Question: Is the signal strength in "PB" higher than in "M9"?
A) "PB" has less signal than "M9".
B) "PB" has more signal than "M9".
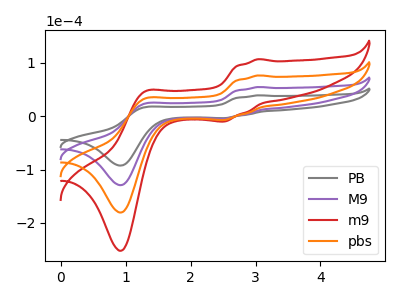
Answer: <think>The gray curve "PB" has anodic peaks at (3.05V, 39.20uA) (1.30V, 16.90uA) and cathodic peaks at (2.50V, -3.65uA) (0.95V, -92.45uA). The purple curve "M9" has anodic peaks at (3.05V, 54.75uA) (1.30V, 23.60uA) and cathodic peaks at (2.50V, -5.10uA) (0.95V, -129.15uA). The red curve "m9" has anodic peaks at (3.05V, 164.25uA) (1.30V, 70.85uA) and cathodic peaks at (2.50V, -15.25uA) (0.95V, -387.50uA). The orange curve "pbs" has anodic peaks at (3.05V, 109.50uA) (1.30V, 47.20uA) and cathodic peaks at (2.50V, -10.15uA) (0.95V, -258.30uA).
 All the peaks in "PB" have a peak in "M9" at the same potential. Every peak in "PB" is lower than every peak in "M9".</think>
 <answer>A) "PB" has less signal than "M9".</answer>
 <eval>A</eval>